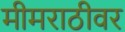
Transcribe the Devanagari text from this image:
मीमराठीवर